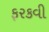
ફરકવી